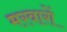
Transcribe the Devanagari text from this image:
मरवारों